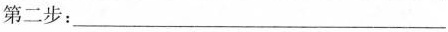
第二步：___